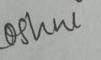
Signature authenticity: genuine